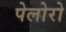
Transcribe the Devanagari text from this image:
पेलोरो